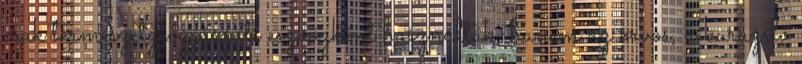
csak természetgyógyászati eszközként használták, hanem az orvos, a kuruzsló